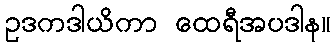
ဥဒကဒါယိကာ ထေရီအပဒါန။